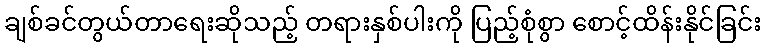
ချစ်ခင်တွယ်တာရေးဆိုသည့် တရားနှစ်ပါးကို ပြည့်စုံစွာ စောင့်ထိန်းနိုင်ခြင်း